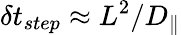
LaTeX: \delta t_{step}\approx L^{2}/D_{\| }